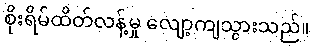
စိုးရိမ်ထိတ်လန့်မှု လျော့ကျသွားသည်။